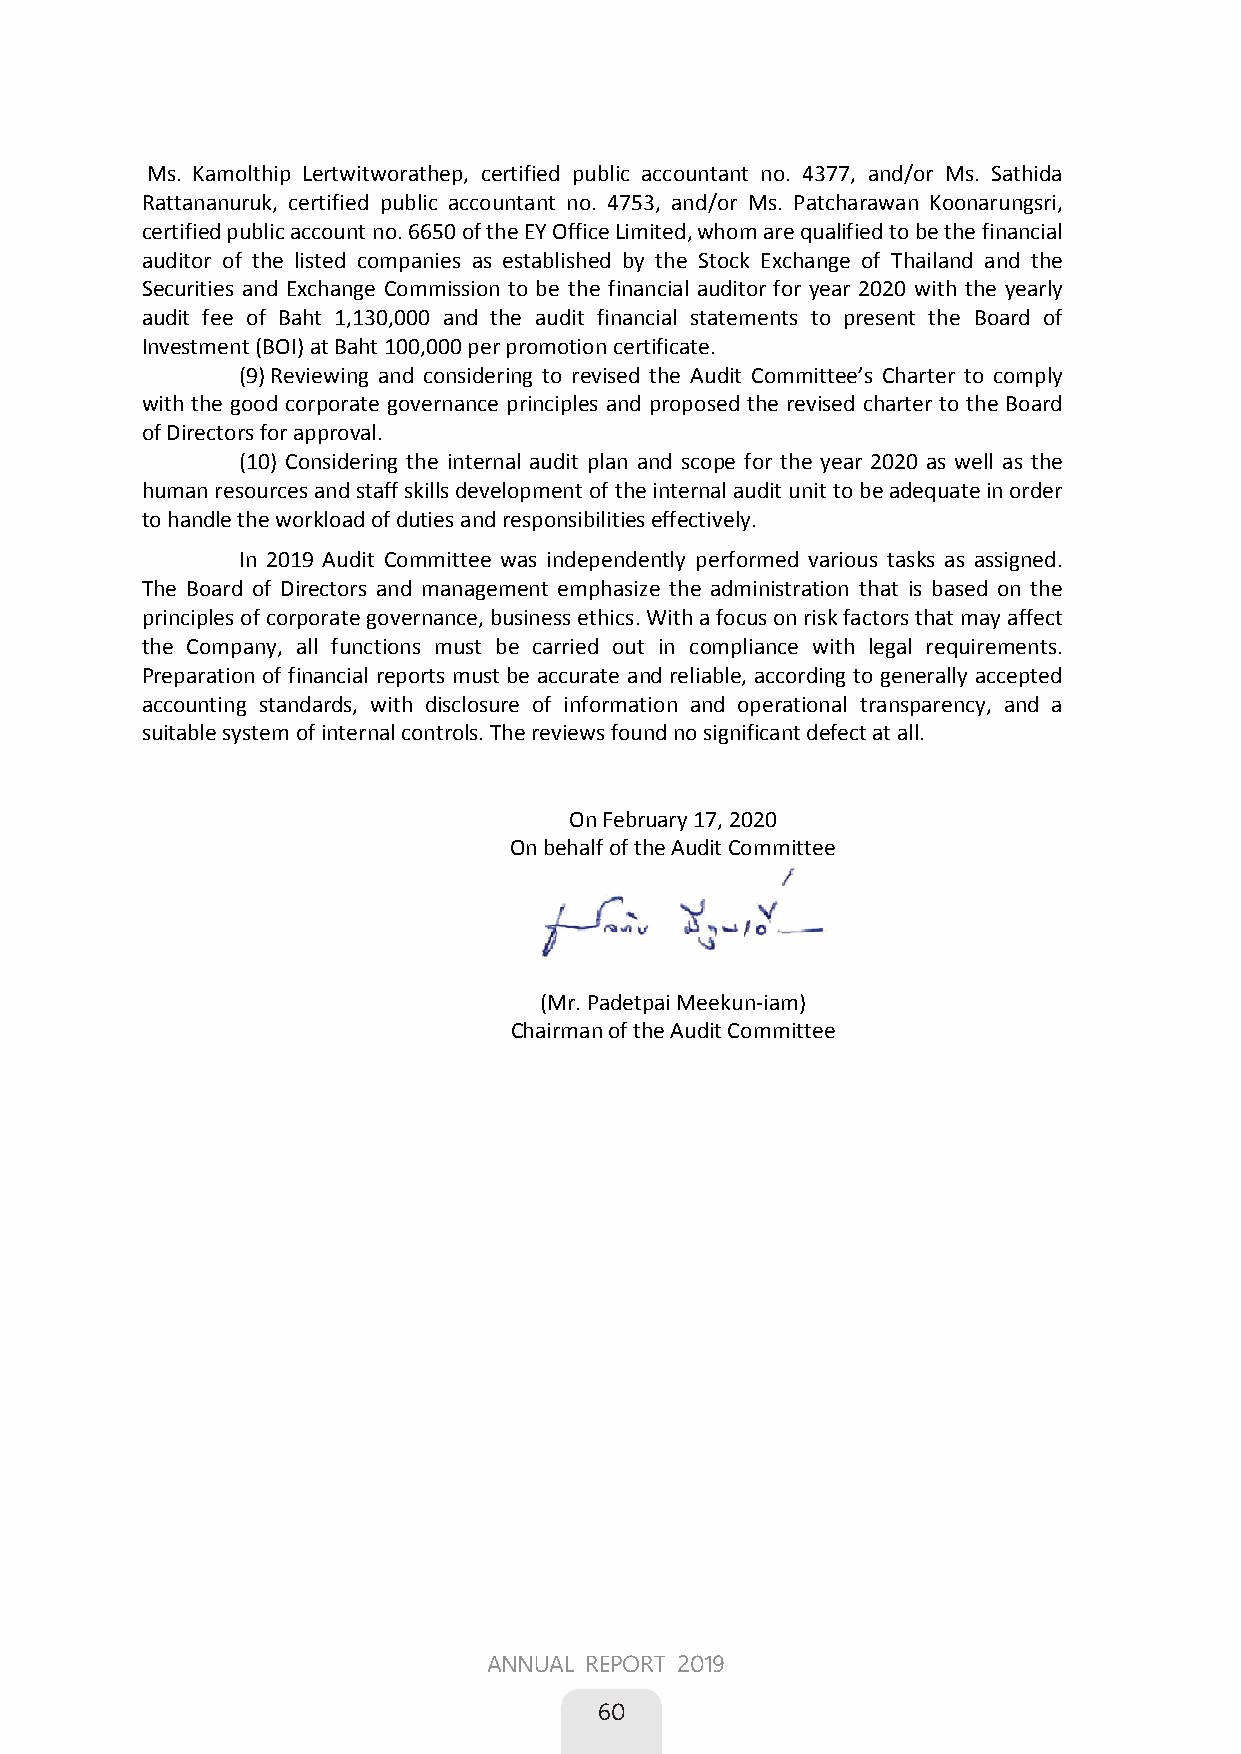
Ms.Kamolthip Lertwitworathep, certified public accountant no. 4377, and/or Ms. Sathida
 Rattananuruk, certified public accountant no. 4753, and/or Ms. Patcharawan Koonarungsri,
 certified public account no. 6650 of the EY Office Limited, whom are qualified to be the financial
 auditor of the listed companies as established by the Stock Exchange of Thailand and the
 Securities and Exchange Commission to be the financial auditor for year 2020 with the yearly
 audit fee of Baht 1,130,000 and the audit financial statements to present the Board of
 Investment (BOI) at Baht 100,000 per promotion certificate.
 (9) Reviewing and considering to revised the Audit Committee’s Charter to comply
 with the good corporate governance principles and proposed the revised charter to the Board
 of Directors for approval.
 (10) Considering the internal audit plan and scope for the year 2020 as well as the
 human resources and staff skills development of the internal audit unit to be adequate in order
 to handle the workload of duties and responsibilities effectively.
 In 2019 Audit Committee was independently performed various tasks as assigned.
 The Board of Directors and management emphasize the administration that is based on the
 principles of corporate governance, business ethics. With a focus on risk factors that may affect
 the Company, all functions must be carried out in compliance with legal requirements.
 Preparation of financial reports must be accurate and reliable, according to generally accepted
 accounting standards, with disclosure of information and operational transparency, and a
 suitable system of internal controls. The reviews found no significant defect at all.
 On February 17, 2020
 On behalf of the Audit Committee
 (Mr. Padetpai Meekun-iam)
 Chairman of the Audit Committee
 ANNUAL REPORT 2019
 60